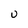
Character: U